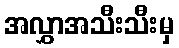
အလွှာအသီးသီးမှ